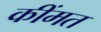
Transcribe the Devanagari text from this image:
कींमत